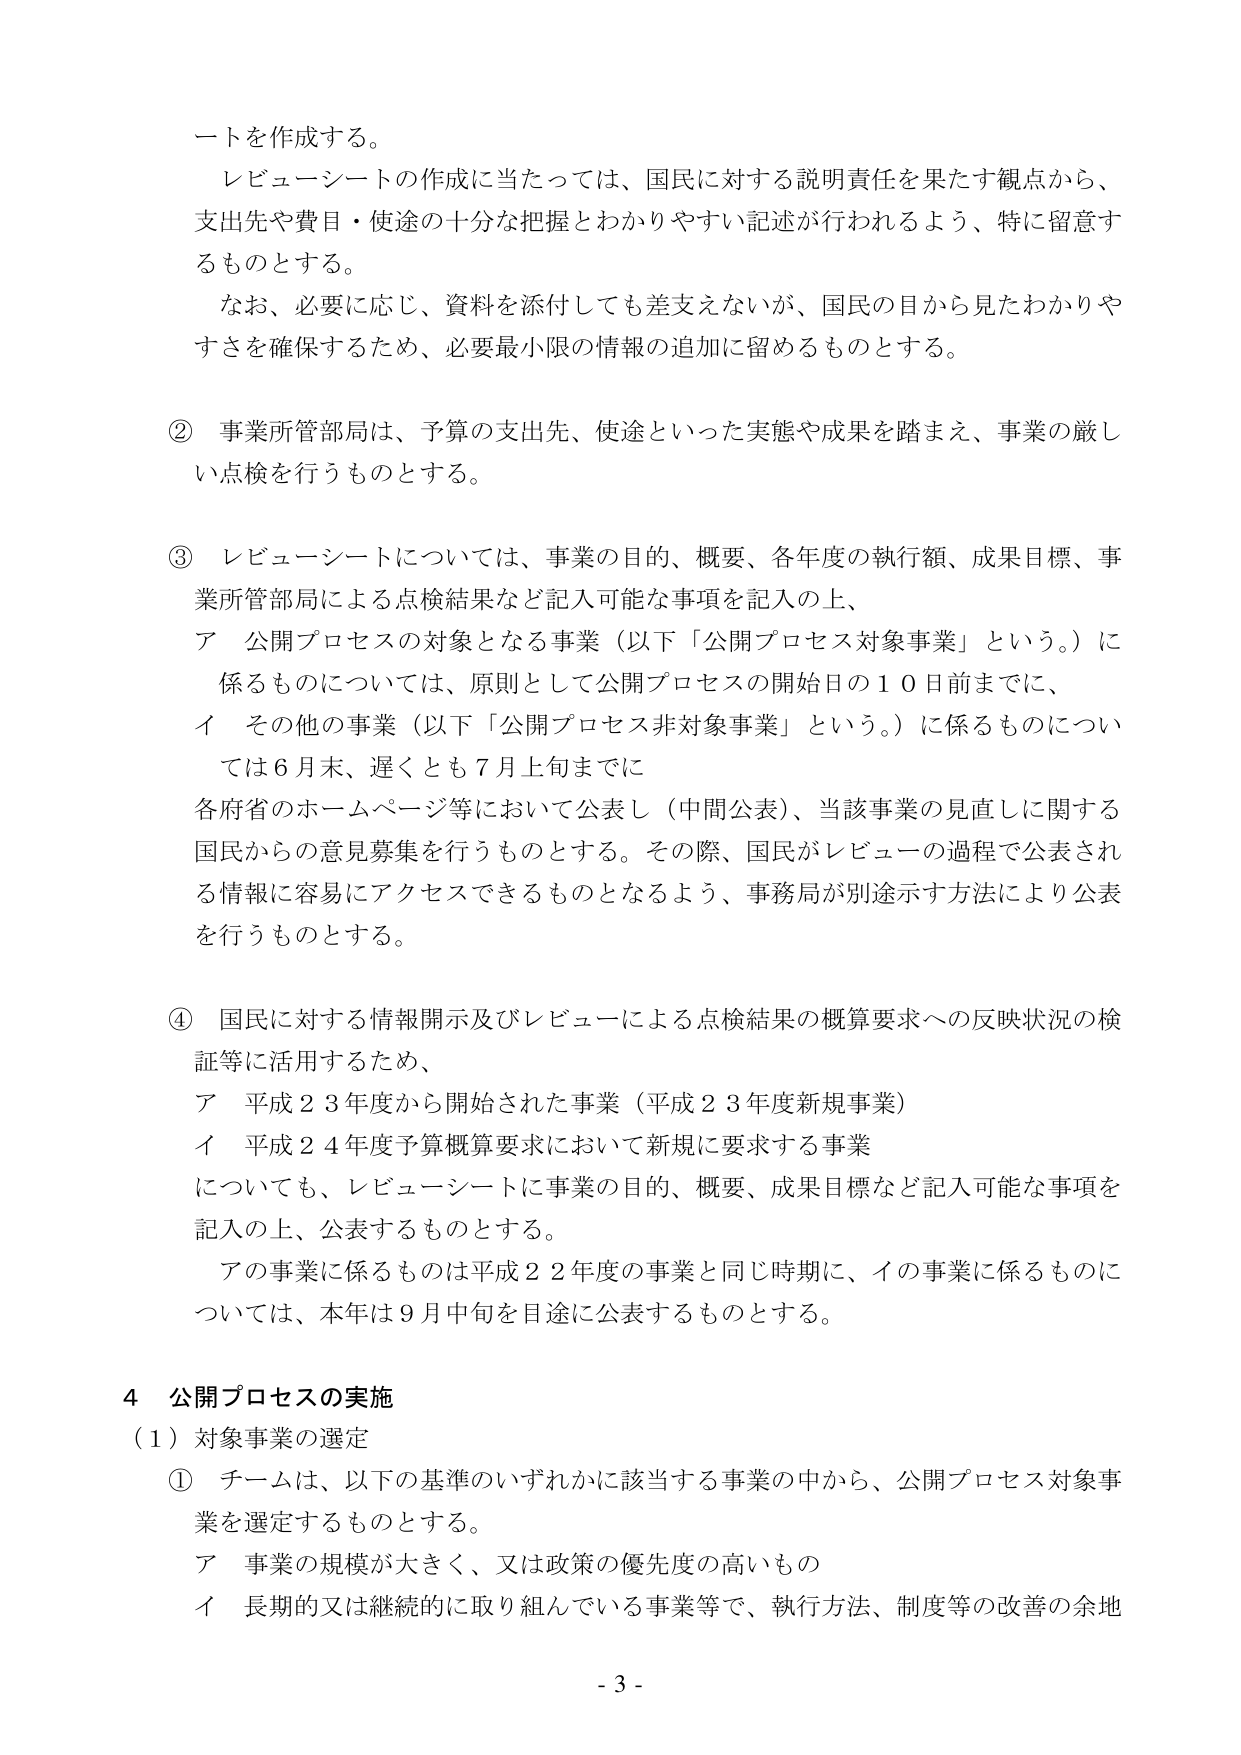
ートを作成する。

レビューーシートの作成に当たっては、国民に対する説明責任を果たす観点から、
支出先や費目・使途の十分な把握とわかりやすい記述が行われるよう、特に留意す
るものとする。

なお、必要に応じ、資料を添付しても差支えないが、国民の目から見たわかりや
すさを確保するため、必要最小限の情報の追加に留めるものとする。

② 事業所管部局は、予算の支出先、使途といった実態や成果を踏まえ、事業の厳し
い点検を行うものとする。

③ レビューーシートについては、事業の目的、概要、各年度の執行額、成果目標、事
業所管部局による点検結果など記入可能な事項を記入の上、
ア 公開プロセスの対象となる事業（以下「公開プロセス対象事業」という。）に
係るものについては、原則として公開プロセスの開始日の１０日前までに、
イ その他の事業（以下「公開プロセス非対象事業」という。）に係るものについ
ては６月末、遅くとも７月上旬までに
各府省のホームページ等において公表し（中間公表）、当該事業の見直しに関する
国民からの意見募集を行うものとする。その際、国民がレビューの過程で公表され
る情報に容易にアクセスできるものとなるよう、事務局が別途示す方法により公表
を行うものとする。

④ 国民に対する情報開示及びレビューによる点検結果の概算要求への反映状況の検
証等に活用するため、
ア 平成２３年度から開始された事業（平成２３年度新規事業）
イ 平成２４年度予算概算要求において新規に要求する事業
についても、レビューーシートに事業の目的、概要、成果目標など記入可能な事項を
記入の上、公表するものとする。
アの事業に係るものは平成２２年度の事業と同じ時期に、イの事業に係るものに
ついては、本年は９月中旬を目途に公表するものとする。

４ 公開プロセスの実施
（１）対象事業の選定
① チームは、以下の基準のいずれかに該当する事業の中から、公開プロセス対象事
業を選定するものとする。
ア 事業の規模が大きく、又は政策の優先度の高いもの
イ 長期的又は継続的に取り組んでいる事業等で、執行方法、制度等の改善の余地

- 3 -